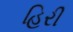
હિરી